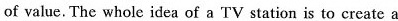
of value. The whole idea of a TV station is to create a